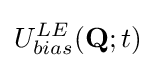
U_{bias}^{LE}(\mathbf {Q} ;t)